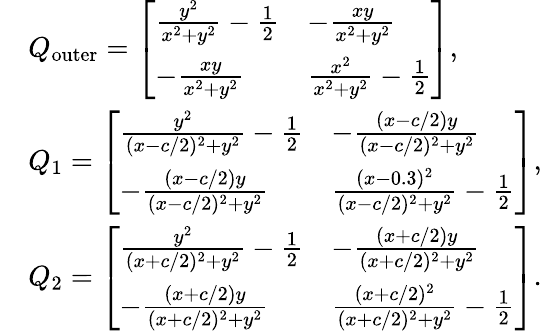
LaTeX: \begin{array}{rl}&{Q_{\mathrm{outer}}=\left[\begin{array}{ll}{\frac{y^{2}}{x^{2}+y^{2}}-\frac{1}{2}}&{-\frac{xy}{x^{2}+y^{2}}}\\ {-\frac{xy}{x^{2}+y^{2}}}&{\frac{x^{2}}{x^{2}+y^{2}}-\frac{1}{2}}\end{array}\right],}\\ &{Q_{1}=\left[\begin{array}{ll}{\frac{y^{2}}{(x-c/2)^{2}+y^{2}}-\frac{1}{2}}&{-\frac{(x-c/2)y}{(x-c/2)^{2}+y^{2}}}\\ {-\frac{(x-c/2)y}{(x-c/2)^{2}+y^{2}}}&{\frac{(x-0.3)^{2}}{(x-c/2)^{2}+y^{2}}-\frac{1}{2}}\end{array}\right],}\\ &{Q_{2}=\left[\begin{array}{ll}{\frac{y^{2}}{(x+c/2)^{2}+y^{2}}-\frac{1}{2}}&{-\frac{(x+c/2)y}{(x+c/2)^{2}+y^{2}}}\\ {-\frac{(x+c/2)y}{(x+c/2)^{2}+y^{2}}}&{\frac{(x+c/2)^{2}}{(x+c/2)^{2}+y^{2}}-\frac{1}{2}}\end{array}\right].}\end{array}